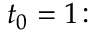
t _ { 0 } = 1 \colon